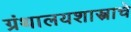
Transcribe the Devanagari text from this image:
ग्रंथालयशास्त्राचे